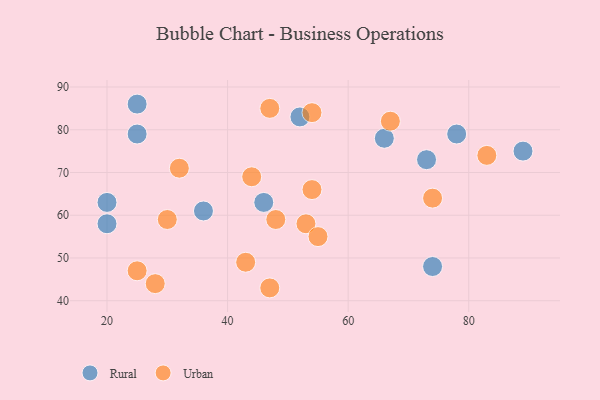
{"axis": {"x": "GDP", "y": "Life Expectancy"}, "legend": ["Rural", "Urban"], "data": [{"x": "66", "y": 78, "type": "Rural"}, {"x": "25", "y": 86, "type": "Rural"}, {"x": "73", "y": 73, "type": "Rural"}, {"x": "52", "y": 83, "type": "Rural"}, {"x": "89", "y": 75, "type": "Rural"}, {"x": "20", "y": 58, "type": "Rural"}, {"x": "20", "y": 63, "type": "Rural"}, {"x": "25", "y": 79, "type": "Rural"}, {"x": "74", "y": 48, "type": "Rural"}, {"x": "46", "y": 63, "type": "Rural"}, {"x": "36", "y": 61, "type": "Rural"}, {"x": "78", "y": 79, "type": "Rural"}, {"x": "43", "y": 49, "type": "Urban"}, {"x": "48", "y": 59, "type": "Urban"}, {"x": "32", "y": 71, "type": "Urban"}, {"x": "25", "y": 47, "type": "Urban"}, {"x": "30", "y": 59, "type": "Urban"}, {"x": "28", "y": 44, "type": "Urban"}, {"x": "53", "y": 58, "type": "Urban"}, {"x": "67", "y": 82, "type": "Urban"}, {"x": "47", "y": 85, "type": "Urban"}, {"x": "54", "y": 66, "type": "Urban"}, {"x": "44", "y": 69, "type": "Urban"}, {"x": "74", "y": 64, "type": "Urban"}, {"x": "83", "y": 74, "type": "Urban"}, {"x": "54", "y": 84, "type": "Urban"}, {"x": "55", "y": 55, "type": "Urban"}, {"x": "47", "y": 43, "type": "Urban"}]}